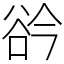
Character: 𧮰